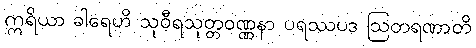
ဣရိယာ ခါရေဟိ သုဝီရသုတ္တဝဏ္ဏနာ ပရဿပဒ ဩတရဏာတိ